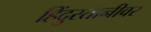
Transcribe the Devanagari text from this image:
हिंदुस्तानीवर